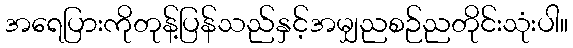
အရေပြားကိုတုန့်ပြန်သည်နှင့်အမျှညစဉ်ညတိုင်းသုံးပါ။